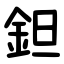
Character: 鉭